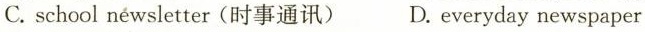
C. school néwsletter(时事通讯) D. everyday newspaper